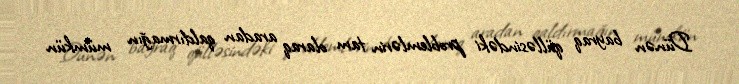
Dünən bayraq qülləsindəki problemlərin tam olaraq aradan qaldırmağın mümkün